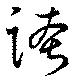
誇